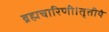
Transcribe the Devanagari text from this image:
ब्रह्मचारिणी।तृतीयं